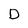
Character: D